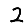
Digit: 2